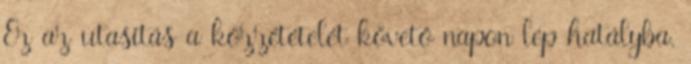
Ez az utasítás a közzétételét követő napon lép hatályba.